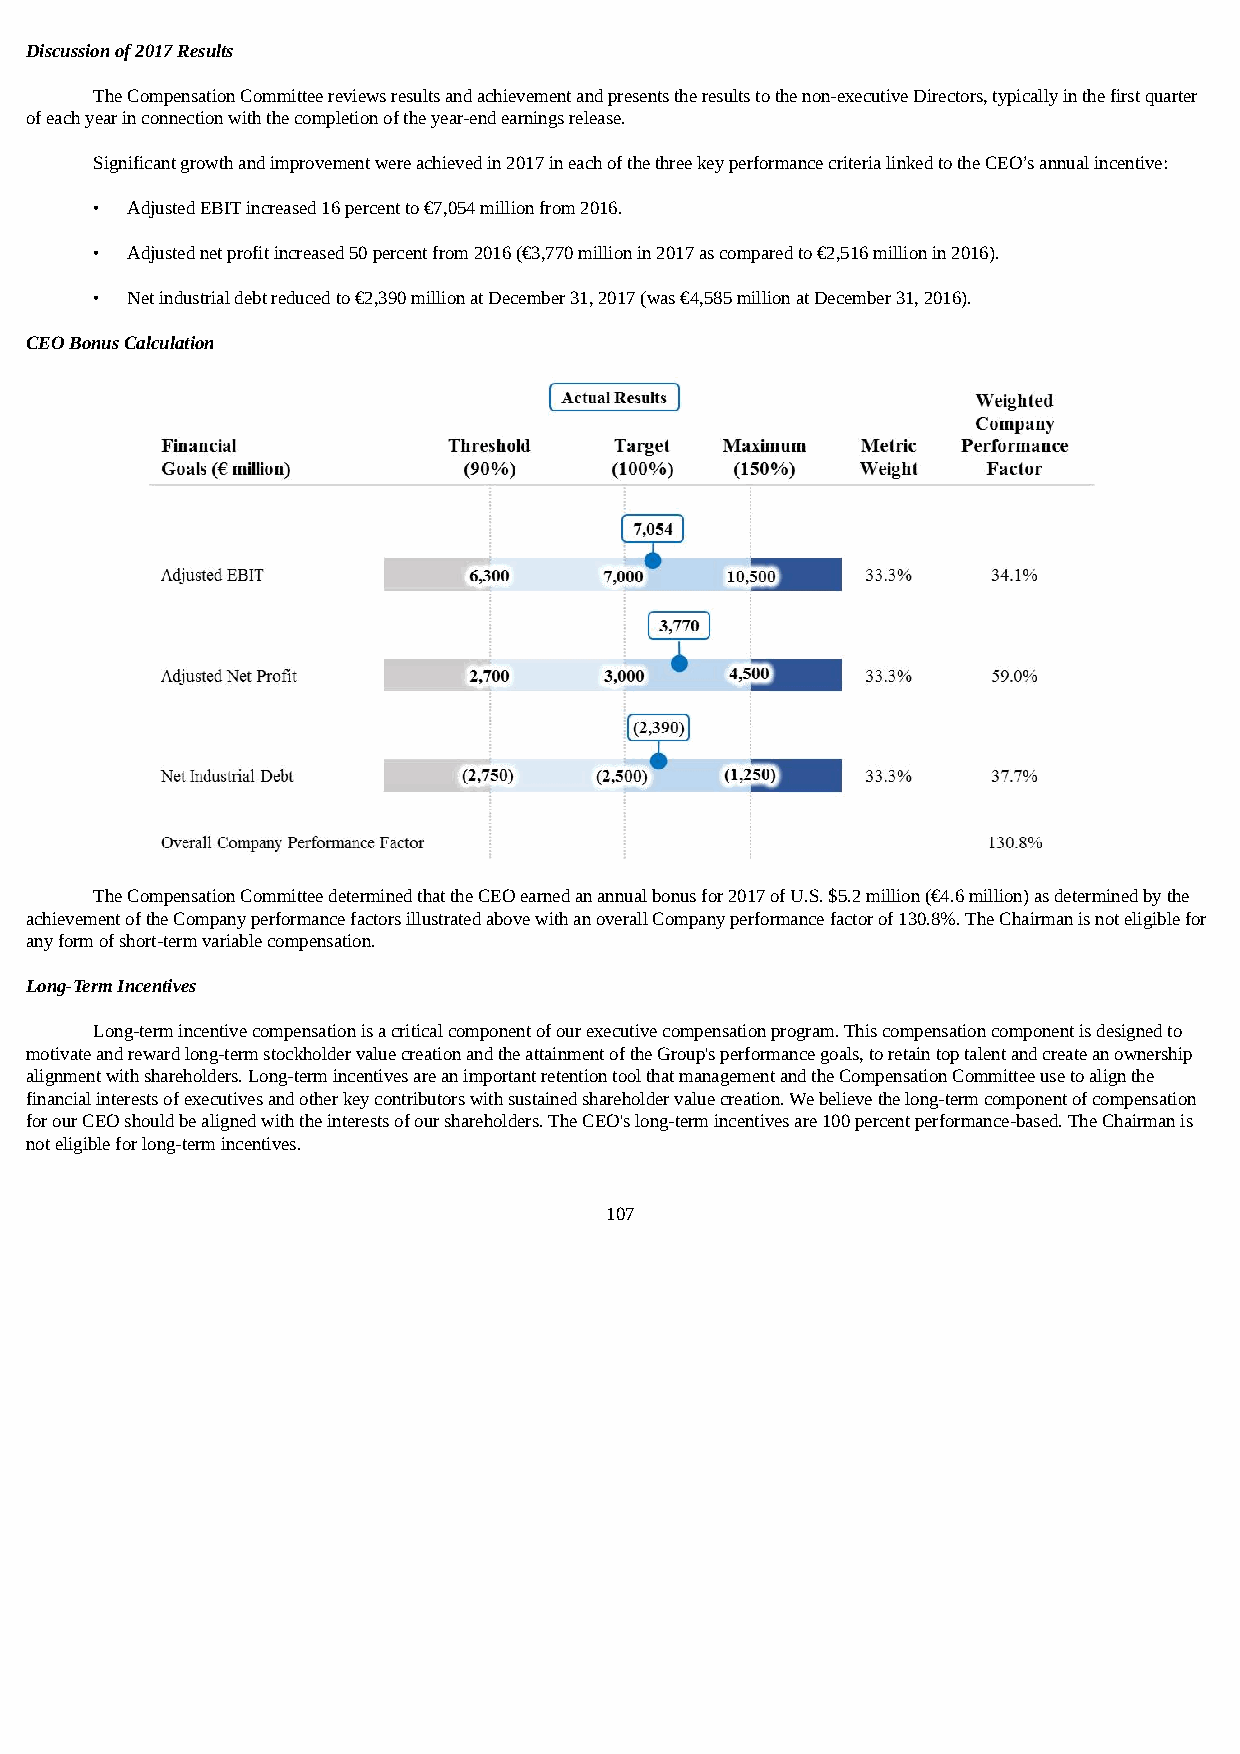
Discussion of 2017 Results
 The Compensation Committee reviews results and achievement and presents the results to the non-executive Directors, typically in the first quarter
 of each year in connection with the completion of the year-end earnings release.
 Significant growth and improvement were achieved in 2017 in each of the three key performance criteria linked to the CEO’s annual incentive:
 • Adjusted EBIT increased 16 percent to €7,054 million from 2016.
 • Adjusted net profit increased 50 percent from 2016 (€3,770 million in 2017 as compared to €2,516 million in 2016).
 • Net industrial debt reduced to €2,390 million at December 31, 2017 (was €4,585 million at December 31, 2016).
 CEO Bonus Calculation
 The Compensation Committee determined that the CEO earned an annual bonus for 2017 of U.S. $5.2 million (€4.6 million) as determined by the
 achievement of the Company performance factors illustrated above with an overall Company performance factor of 130.8%. The Chairman is not eligible for
 any form of short-term variable compensation.
 Long-Term Incentives
 Long-term incentive compensation is a critical component of our executive compensation program. This compensation component is designed to
 motivate and reward long-term stockholder value creation and the attainment of the Group's performance goals, to retain top talent and create an ownership
 alignment with shareholders. Long-term incentives are an important retention tool that management and the Compensation Committee use to align the
 financial interests of executives and other key contributors with sustained shareholder value creation. We believe the long-term component of compensation
 for our CEO should be aligned with the interests of our shareholders. The CEO's long-term incentives are 100 percent performance-based. The Chairman is
 not eligible for long-term incentives.
 107